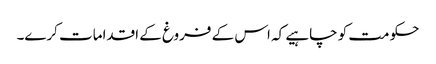
حکومت کو چاہیے کہ اس کے فروغ کے اقدامات کرے۔